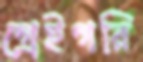
গ্রেইগরি